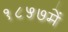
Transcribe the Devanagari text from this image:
१८५७में